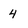
Character: 4